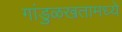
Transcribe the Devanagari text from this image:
गांडुळखतामध्ये